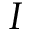
I